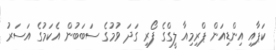
ކަޕާއި އިންޑިއަން ޕްރިމިއާ ލީގްގެ ފޯރި ގަދަ ވުމުގެ ސަބަބުން އެކަމުގެ އަސަރު